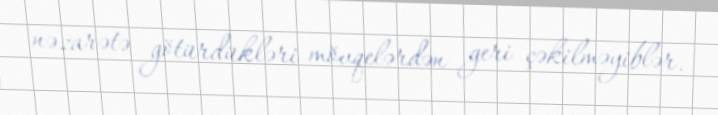
nəzarətə götürdükləri mövqelərdən geri çəkilməyiblər.